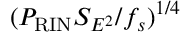
( P _ { \mathrm { R I N } } S _ { E ^ { 2 } } / f _ { s } ) ^ { 1 / 4 }